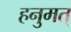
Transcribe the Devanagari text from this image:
हनुमत्